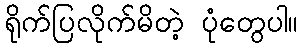
ရိုက်ပြလိုက်မိတဲ့ ပုံတွေပါ။